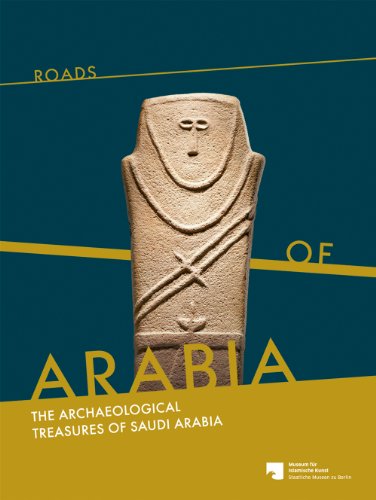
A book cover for Roads of Arabia: The Archeological Treasures of Saudi Arabia; History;